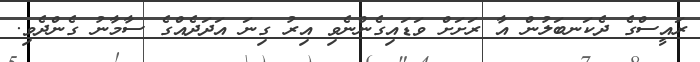
ރައީސްގެ ދެކަނބަލުން އާ ރަށަށް ވަޑައިގެންނެވި އިރު ގިނަ އަދަދެއްގެ ސާމާނު ގެންދެވި.